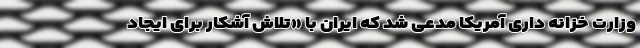
وزارت خزانه داری آمریکا مدعی شد که ایران با «تلاش‌ آشکار برای ایجاد